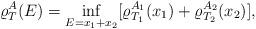
LaTeX: \begin{align*}\varrho_{T}^{A}(E) = \inf \limits_{E = x_1+x_2} [ \varrho_{T_1}^{A_1}(x_1)+\varrho_{T_2}^{A_2}(x_2)],\end{align*}